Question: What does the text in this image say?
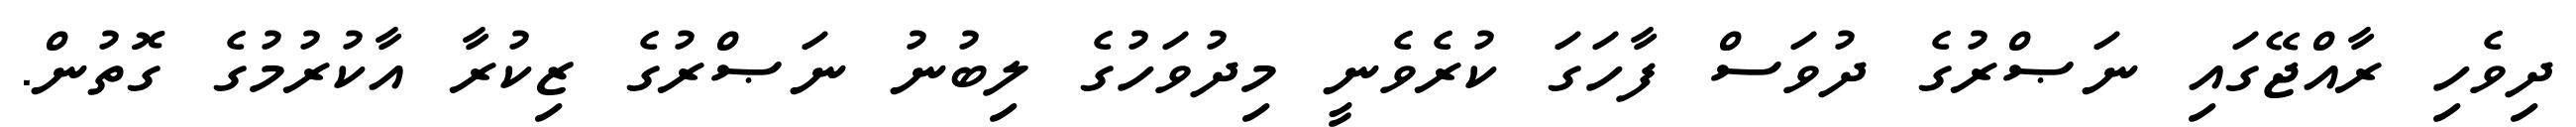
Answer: ދިވެހި ރާއްޖޭގައި ނަޞްރުގެ ދުވަސް ފާހަގަ ކުރެވެނީ މިދުވަހުގެ ލިބުނު ނަޞްރުގެ ޒިކުރާ އާކުރުމުގެ ގޮތުން.